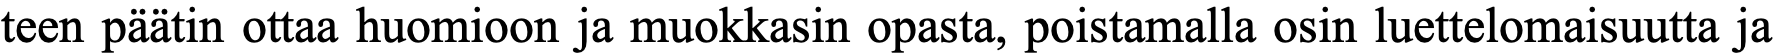
teen päätin ottaa huomioon ja muokkasin opasta, poistamalla osin luettelomaisuutta ja